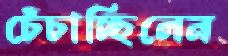
চেঁচাচ্ছিলেন